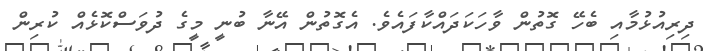
ދިރިއުޅުމާއި ބެހޭ ގޮތުން ވާހަކަދައްކާފައެވެ. އެގޮތުން އޭނާ ބުނީ މީގެ ދުވަސްކޮޅެއް ކުރިން